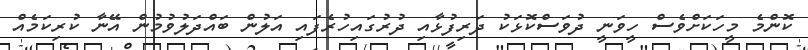
ކޮންމެ މީހަކަށްވެސް ހީވަނީ ދުވަސްކޮޅަކު ދަރިފުޅާއި ދުރުގައިހުރެފައި އަލުން ބައްދަލުވުމުން އޭނާ ކުރިކަމެއް